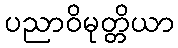
ပညာဝိမုတ္တိယာ